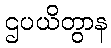
ဌပယိတွာန